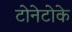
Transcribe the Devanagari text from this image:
टोनेटोके